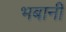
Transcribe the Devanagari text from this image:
भबानी